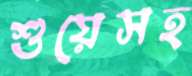
শুয়েসহ